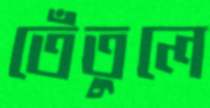
তেঁতুলে